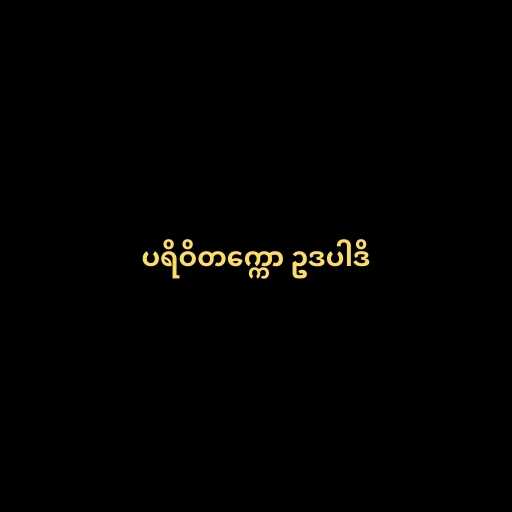
ပရိဝိတက္ကော ဥဒပါဒိ